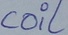
Text: coil